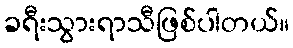
ခရီးသွားရာသီဖြစ်ပါတယ်။